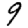
Digit: 9